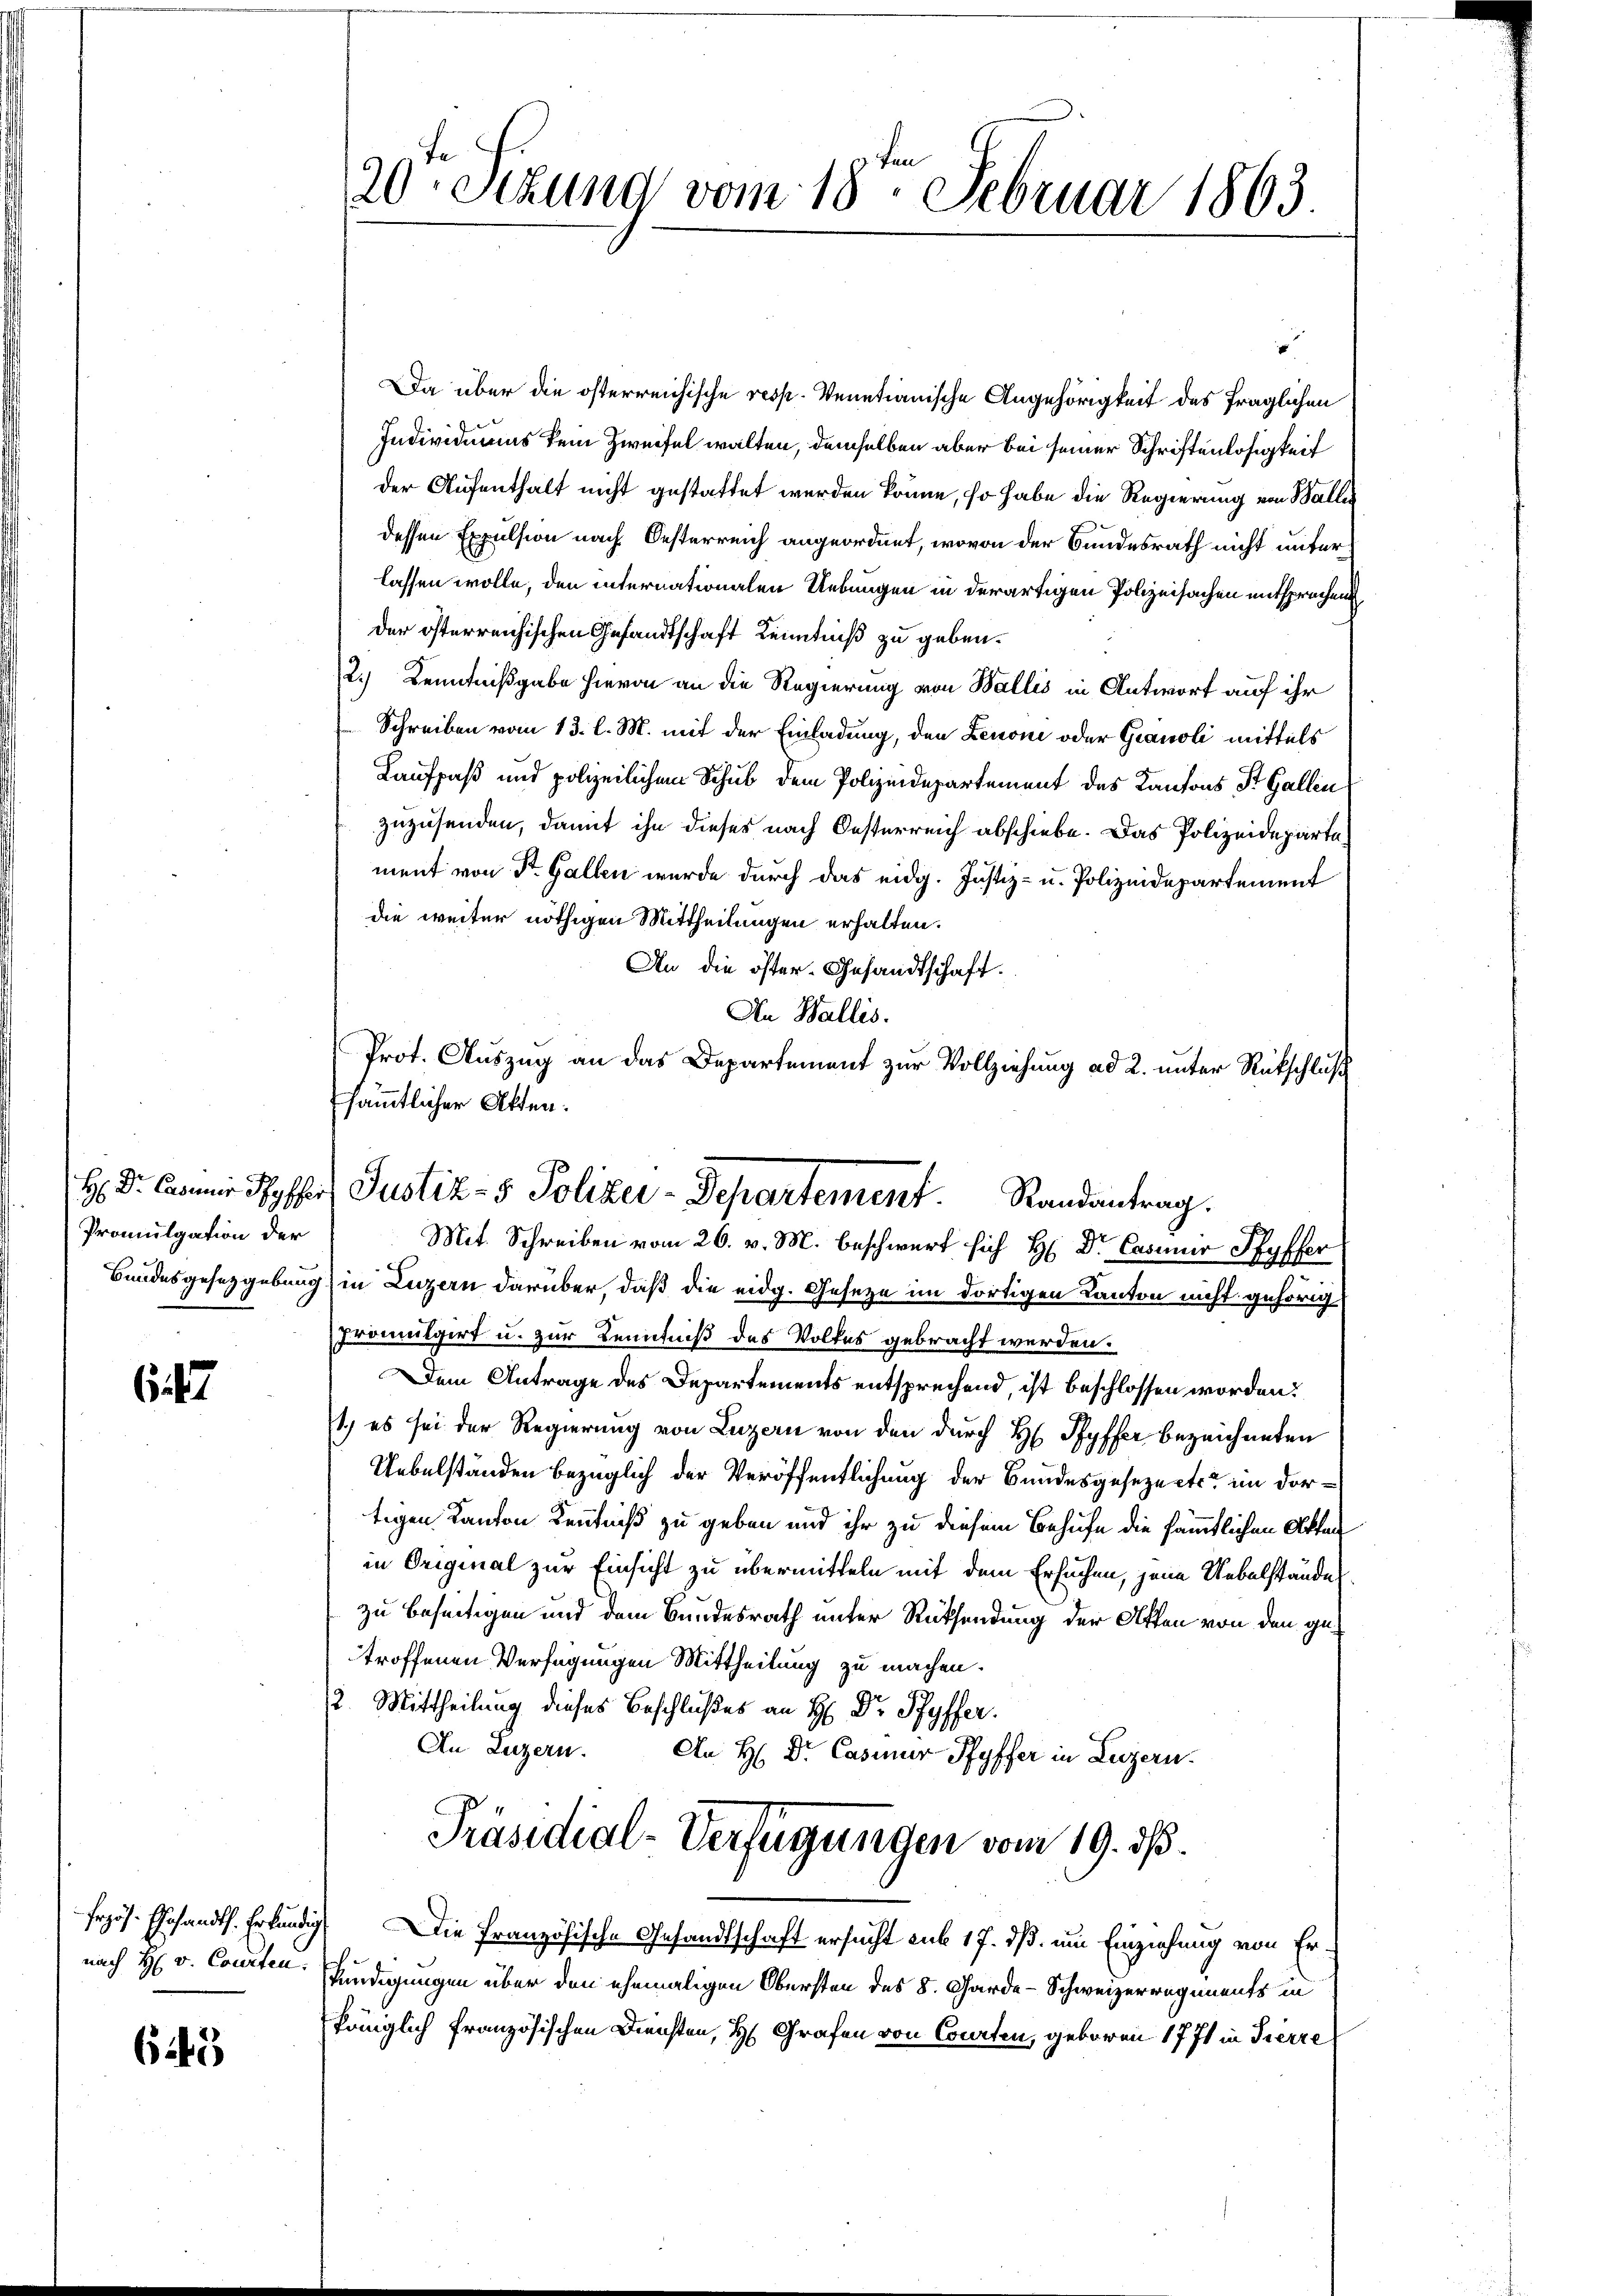
Promulgation der

6

nach H: v. Courten.

645

u
Da über die österreichische resp. Venetianische Angehörigkeit des fraglichen
Individuums kein Zweifel walten, demselben aber bei seiner Schriftenlosigkeit
der Aufenthalt nicht gestattet werden könne, so habe die Regierung von Balli
dessen Expulsion nach Oesterreich angeordnet, wovon der Bundesrath nicht unterlassen wolle, den internationalen Uebungen in derartigen Polizeisachen entsprochen
der österreichischen Gesandtschaft Kenntniß zu geben.
2.) Kenntnißgabe hievon an die Regierung von Wallis in Antwort auf ihr
Schreiben vom 13. l. M. mit der Einladung, den Lenoni oder Granoli mittels
Lauffaß und polizeilichem Schub dem Polizeidepartement des Kantons St. Gallen
zuzusenden, damit ihn dieses nach Oesterreich abschiebe. Das Polizeidepartament von Sr. Gallen wurde durch das eidg. Justiz- u. Polizeidepartement
die weiter nöthigen Mittheilungen erhalten.
An die öster-Gesandtschaft.
An Wallis.
Bundesgesetzgebung in Luzern darüber, daß die eidg. Geseze im dortigen Kanton nicht gehörig
Promulgirt u. zur Kenntniß des Volkes gebracht werden.
Dem Antrage des Departements entsprechend, ist beschlossen worden.
1) es sei der Regierung von Luzern von den durch H. Pfyffer bezeichneten
Uebelständen bezüglich der Veröffentlichung der Bundesgesezerts im dortigen Kanton Kenntniß zu geben und ihr zu diesem Behufe die sämmtlichen Akten
in Original zur Einsicht zu übermitteln mit dem Ersuchen, jene Uebelstände
zu beseitigen und dem Bundesrath unter Rücksendung der Akten von den getroffenen Verfügungen Mittheilung zu machen.
12. Mittheilung dieses Beschlußes an H: Dr. Pfyffer.
An Luzern. An H. Dr. Caseur Pfyffer in Luzern.
Präsidial-Verfügungen vom 19. ds.
Erzös. Ehrsandts. Erkundig. Die Französische Gesandtschaft ersucht sub 17. dß. um Einziehung von Erkündigungen über den ehemaligen Obersten des 8. Garde-Schweizerregiments in
königlich französischen Diensten, H. Grafen von Courten, geboren 1771 in Tierre

20te Sitzung vom 18ten Februar 1863.

Prot. Auszug an das Departement zur Vollziehung ad 2. unter Rückschluß
sämmtlicher Akten.
H: Dr. Camer Pfyffer, Justiz- & Polizei-Departement. Randantrag.
Mit Schreiben vom 26. v. M. beschwert sich H: Dr. Casimir Pfyffer